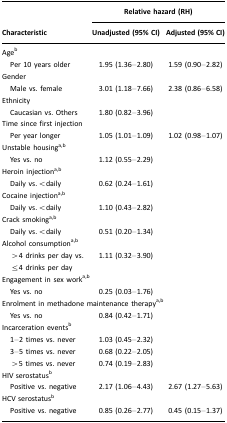
<table><thead><tr><td></td><td colspan="2"><b>Relative hazard (RH)</b></td></tr><tr><td><b>Characteristic</b></td><td><b>Unadjusted (95% CI)</b></td><td><b>Adjusted (95% CI)</b></td></tr></thead><tbody><tr><td colspan="3">Ageb</td></tr><tr><td> Per 10 years older</td><td>1.95 (1.36–2.80)</td><td>1.59 (0.90–2.82)</td></tr><tr><td colspan="3">Gender</td></tr><tr><td> Male vs. female</td><td>3.01 (1.18–7.66)</td><td>2.38 (0.86–6.58)</td></tr><tr><td colspan="3">Ethnicity</td></tr><tr><td> Caucasian vs. Others</td><td>1.80 (0.82–3.96)</td><td></td></tr><tr><td colspan="3">Time since first injection</td></tr><tr><td> Per year longer</td><td>1.05 (1.01–1.09)</td><td>1.02 (0.98–1.07)</td></tr><tr><td colspan="3">Unstable housinga<sup>,</sup>b</td></tr><tr><td> Yes vs. no</td><td>1.12 (0.55–2.29)</td><td></td></tr><tr><td colspan="3">Heroin injectiona<sup>,</sup>b</td></tr><tr><td> Daily vs.&lt;daily</td><td>0.62 (0.24–1.61)</td><td></td></tr><tr><td colspan="3">Cocaine injectiona<sup>,</sup>b</td></tr><tr><td> Daily vs.&lt;daily</td><td>1.10 (0.43–2.82)</td><td></td></tr><tr><td colspan="3">Crack smokinga<sup>,</sup>b</td></tr><tr><td> Daily vs.&lt;daily</td><td>0.51 (0.20–1.34)</td><td></td></tr><tr><td colspan="3">Alcohol consumptiona<sup>,</sup>b</td></tr><tr><td> &gt;4 drinks per day vs. ≤4 drinks per day</td><td>1.11 (0.32–3.90)</td><td></td></tr><tr><td colspan="3">Engagement in sex worka<sup>,</sup>b</td></tr><tr><td> Yes vs. no</td><td>0.25 (0.03–1.76)</td><td></td></tr><tr><td colspan="3">Enrolment in methadone maintenance therapya<sup>,</sup>b</td></tr><tr><td> Yes vs. no</td><td>0.84 (0.42–1.71)</td><td></td></tr><tr><td colspan="3">Incarceration eventsb</td></tr><tr><td> 1–2 times vs. never</td><td>1.03 (0.45–2.32)</td><td></td></tr><tr><td> 3–5 times vs. never</td><td>0.68 (0.22–2.05)</td><td></td></tr><tr><td> &gt;5 times vs. never</td><td>0.74 (0.19–2.83)</td><td></td></tr><tr><td colspan="3">HIV serostatusb</td></tr><tr><td> Positive vs. negative</td><td>2.17 (1.06–4.43)</td><td>2.67 (1.27–5.63)</td></tr><tr><td colspan="3">HCV serostatusb</td></tr><tr><td> Positive vs. negative</td><td>0.85 (0.26–2.77)</td><td>0.45 (0.15–1.37)</td></tr></tbody></table>